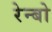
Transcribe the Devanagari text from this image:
रेन्‍बो